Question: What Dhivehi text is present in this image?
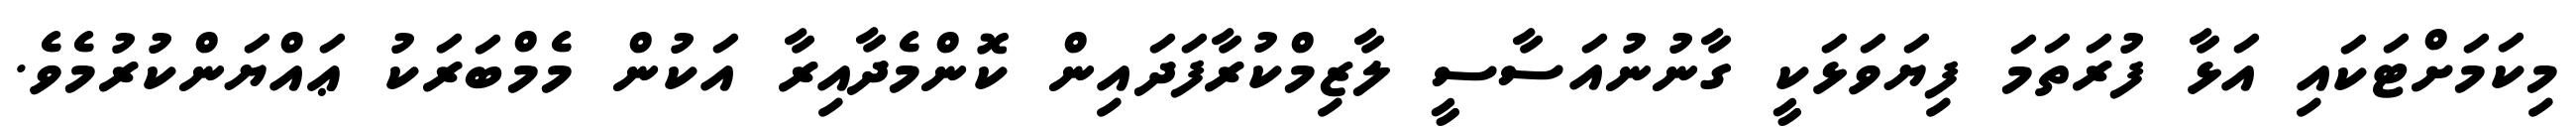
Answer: މިކަމަށްޓަކައި އަޅާ ފުރަތަމަ ފިޔަވަޅަކީ ގާނުނުއަސާސީ ލާޒިމްކުރާފަދައިން ކޮންމެދާއިރާ އަކުން މެމްބަރަކު ޢައްޔަންކުރުމެވެ.